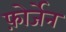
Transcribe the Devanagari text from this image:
फ़ोर्जेन